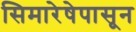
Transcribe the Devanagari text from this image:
सिमारेषेपासून